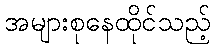
အများစုနေထိုင်သည့်